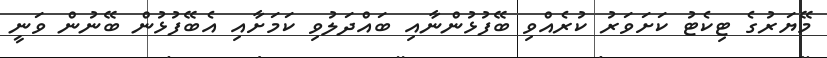
މޭޔަރުގެ ޓިކެޓު ކަށަވަރު ކުރެއްވި ބޭފުޅުންނާއި ބައްދަލުވި ކަމަށާއި އެބޭފުޅުން ބޭނުން ވަނީ